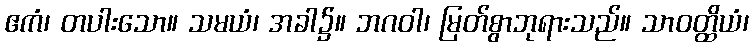
ဧကံ၊ တပါးသော။ သမယံ၊ အခါ၌။ ဘဂဝါ၊ မြတ်စွာဘုရားသည်။ သာဝတ္ထိယံ၊